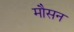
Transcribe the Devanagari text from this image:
मौसन